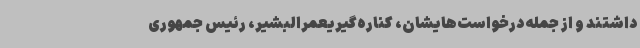
داشتند و از جمله درخواست‌هایشان، کناره‌گیریعمرالبشیر، رئیس جمهوری